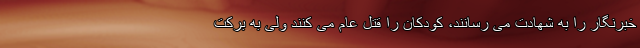
خبرنگار را به شهادت می رسانند، کودکان را قتل عام می کنند ولی به برکت